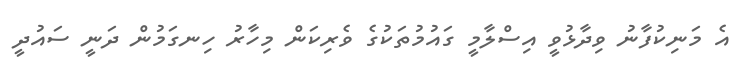
އެ މަނިކުފާނު ވިދާޅުވީ އިސްލާމީ ގައުމުތަކުގެ ވެރިކަން މިހާރު ހިނގަމުން ދަނީ ސައުދީ